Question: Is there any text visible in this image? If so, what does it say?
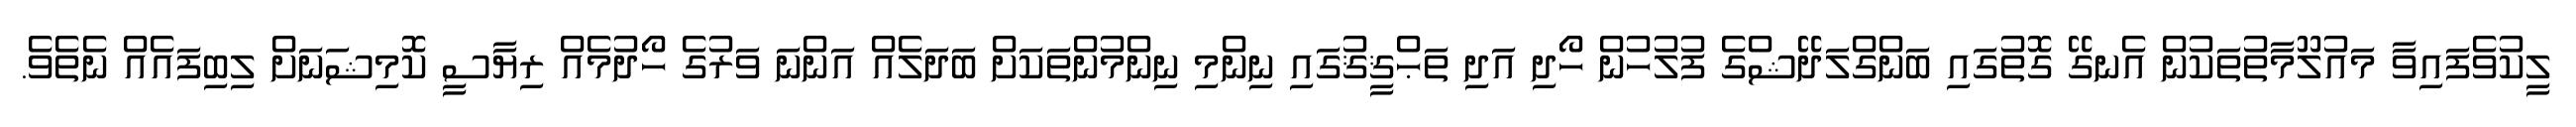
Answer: ލީކުވެފައިވާ މައުލޫމާތުތަކުން އެނގޭ ގޮތުގައި ބަންގްލަދޭޝްގެ ފުލުހުން ހޯދި އަދި ތަޙްޤީޤުގައި ނިންމި ނިންމުންތަކަށް ބަދަލެއް އަންނަ ވަރުގެ ހޯދުމެއް ރިޔާސީ ކޮމިޝަނަށް ލިބިފައެއް ނެތެވެ.